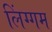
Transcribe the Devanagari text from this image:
लिंग्गम